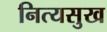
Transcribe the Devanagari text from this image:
नित्यसुख